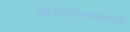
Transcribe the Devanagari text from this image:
दाखवण्याआधी